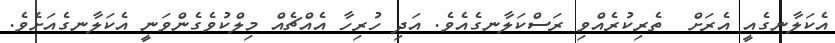
އެކަލާނގެއީ އެރަށް  ތެރިކުރެއްވި ރަސްކަލާނގެއެވެ. އަދި ހުރިހާ އެއްޗެއް މިލްކުވެގެންވަނީ އެކަލާނގެއަށެވެ.